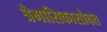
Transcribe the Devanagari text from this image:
त्रैमासिकासोबत